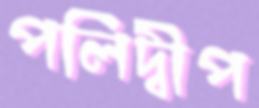
পলিদ্বীপ